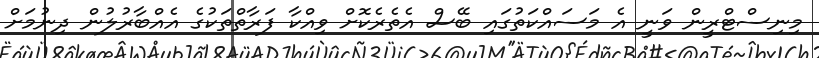
މިނިސްޓްރީން ވަނީ އެ މަސައްކަތުގައި ބޭސް އެތެރެކޮށް ވިއްކާ ފަރާތްތަކުގެ އެއްބާރުލުން ދިނުމަށް